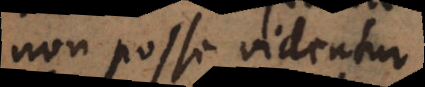
non posse videntur